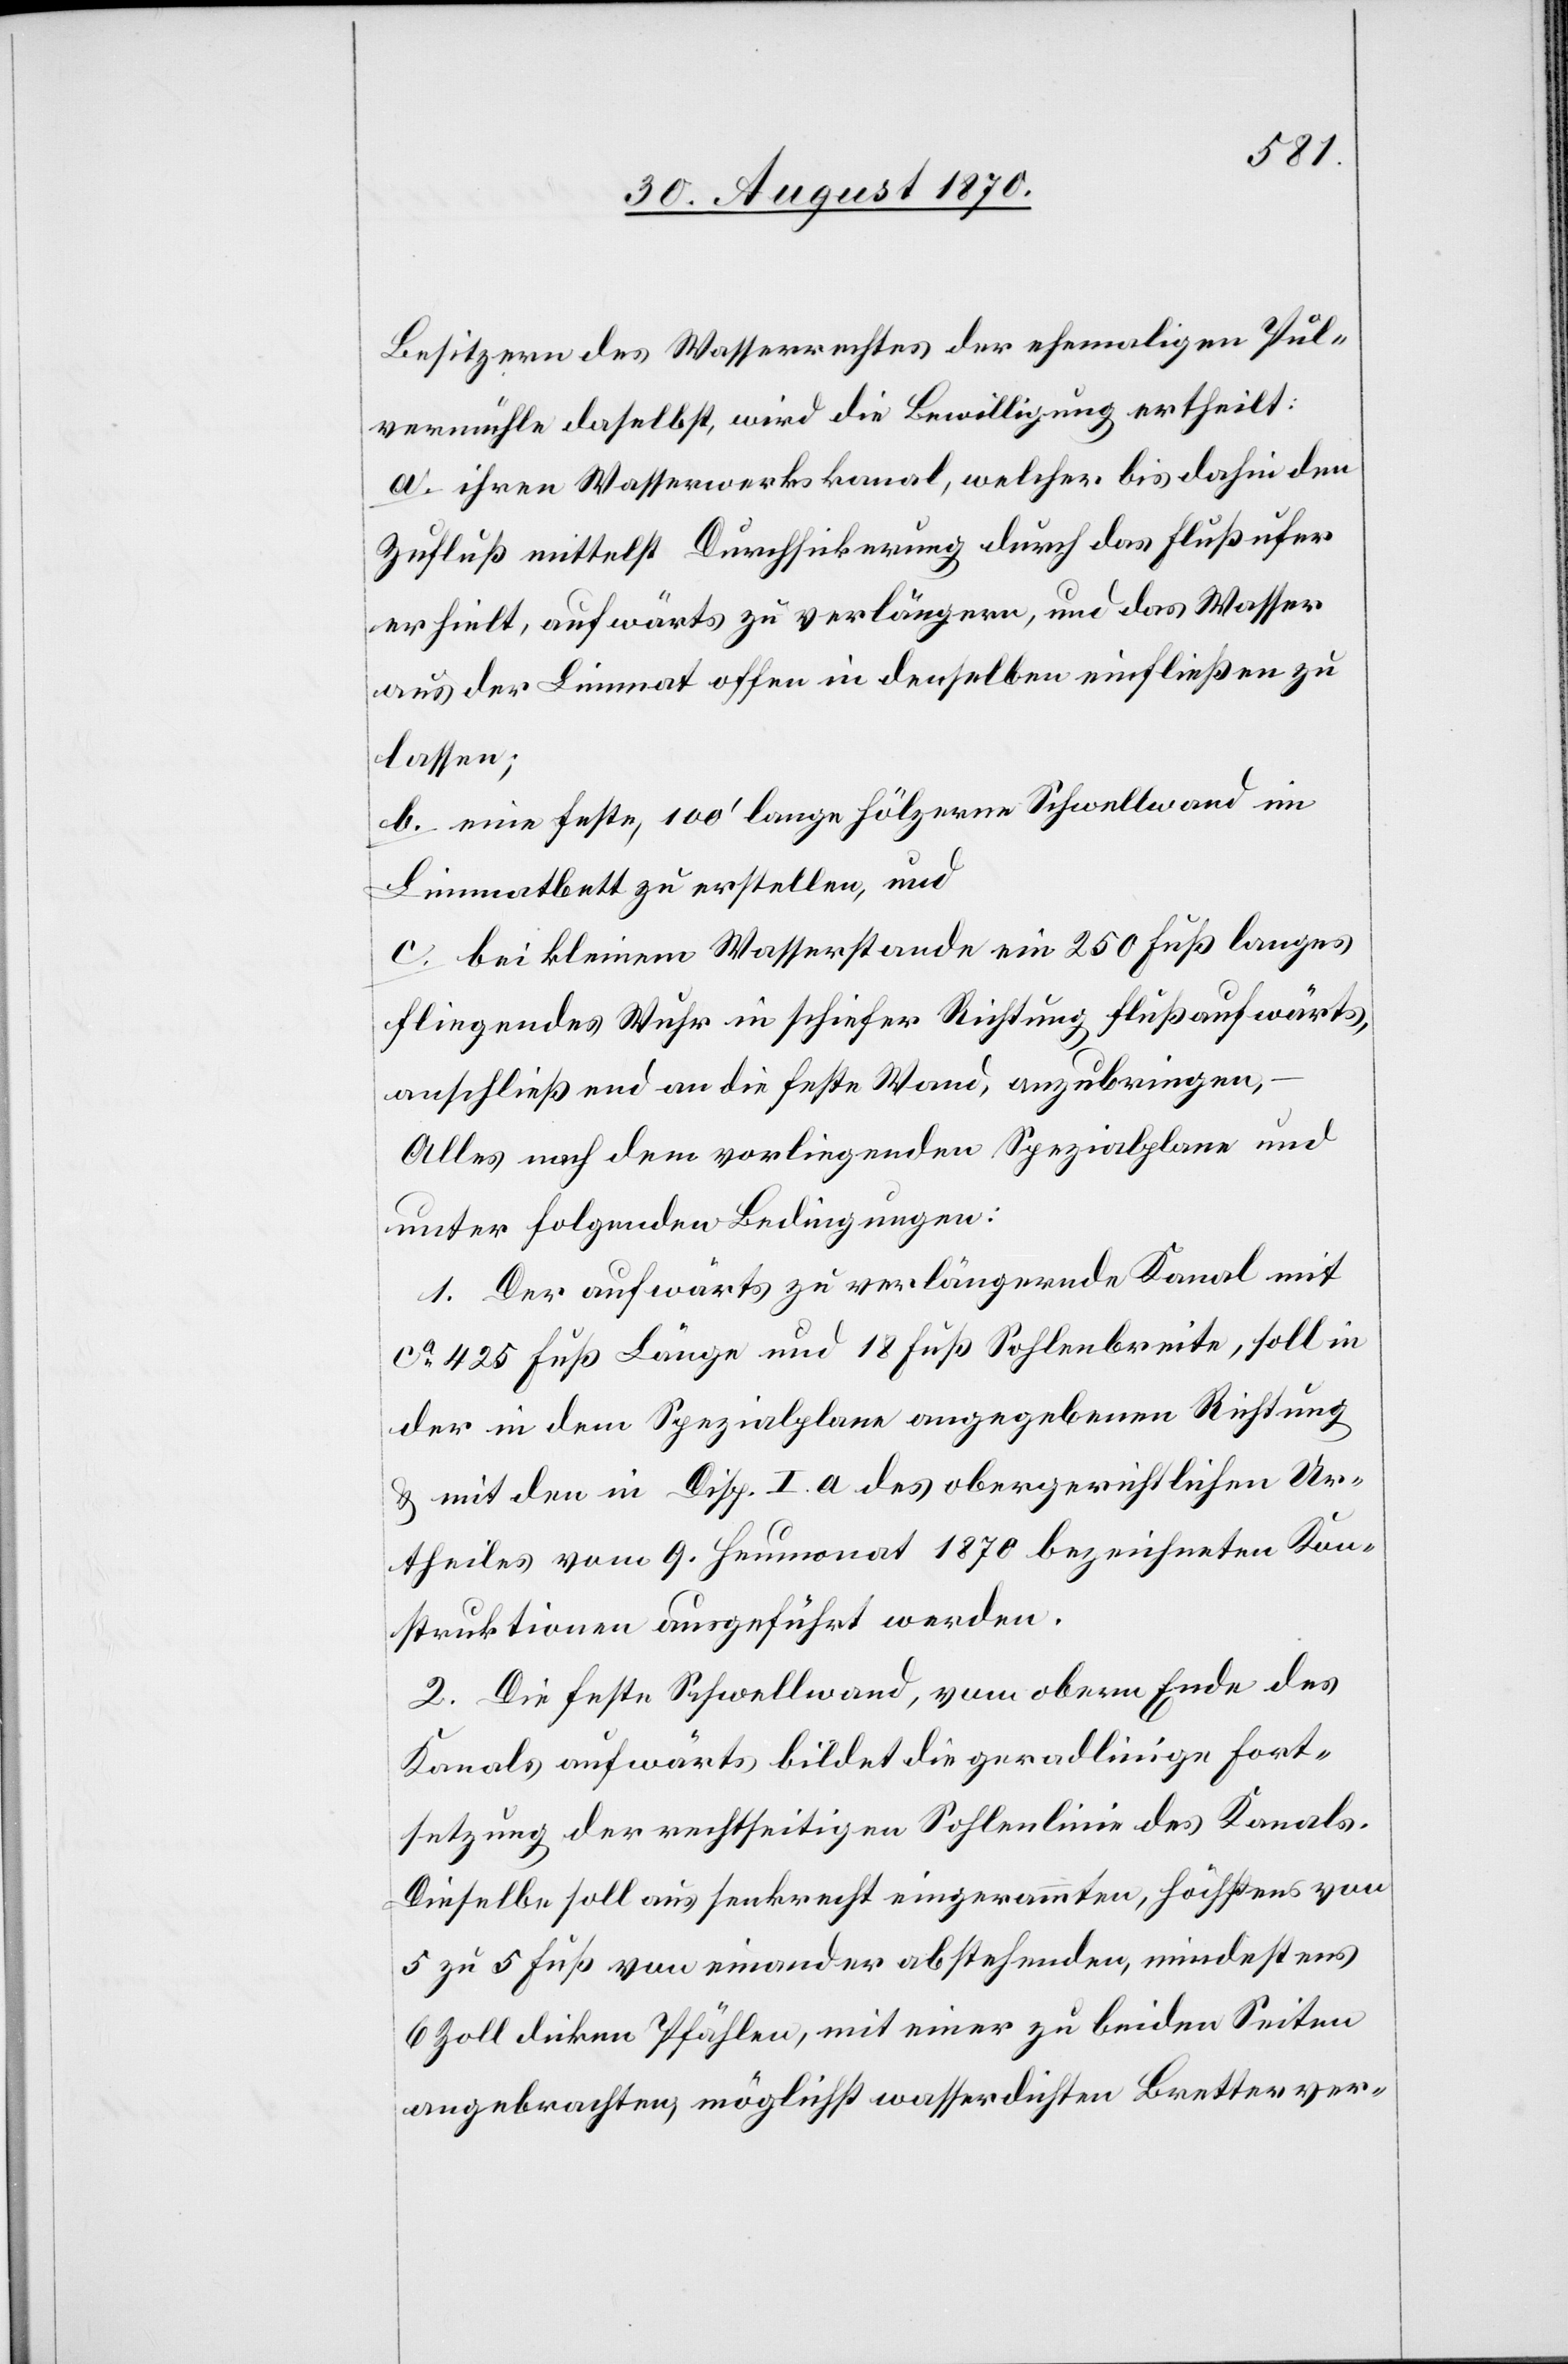
Besitzer des Wasserrechtes der ehemaligen Pul¬
vermühle daselbst, wird die Bewilligung ertheilt:
a. ihren Wasserwerkskanal, welcher bis dahin den
Zufluß mittelst Durchsickerung durch das Flußufer
erhielt, aufwärts zu verlängern, und das Wasser
aus der Limmat offen in denselben einfließen zu
lassen;
b. eine feste, 100’ lange hölzerne Schwellwand im
Limmatbett zu erstellen, und
c. bei kleinem Wasserstande ein 250 Fuß langes
fliegendes Wuhr in schiefer Richtung flußaufwärts
anschließend an die feste Wand, anzubringen,
Alles nach dem vorliegenden Spezialplane, und
unter folgenden Bedingungen:
1. Der aufwärts zu verlängernde Kanal mit
ca 425 Fuß Länge und 18 Fuß Sohlenbreite, soll in
der in dem Spezialplane angegebenen Richtung
& mit den in Disp. I. a des obergerichtlichen Ur¬
theiles vom 9. Heumonat 1870 bezeichneten Kon¬
struktionen ausgeführt werden.
2. Die feste Schwellwand, vom obern Ende des
Kanals aufwärts bildet die geradlinige Fort¬
setzung der rechtseitigen Sohlenlinie des Kanals.
Dieselbe soll aus senkrecht eingerammten, höchstens von
5 zu 5 Fuß von einander abstehenden, mindestens
6 Zoll dicken Pfählen, mit einer zu beiden Seiten
angebrachten, möglichst wasserdichten Bretterver-